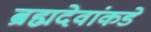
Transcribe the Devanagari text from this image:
ब्रह्मदेवांकडे